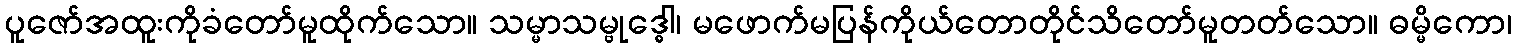
ပူဇော်အထူးကိုခံတော်မူထိုက်သော။ သမ္မာသမ္ဗုဒ္ဓေါ၊ မဖောက်မပြန်ကိုယ်တောတိုင်သိတော်မူတတ်သော။ ဓမ္မိကော၊